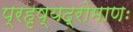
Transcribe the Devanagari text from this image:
प्रहृष्यद्रोमाणः